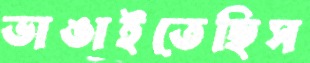
ভাঙাইতেছিস